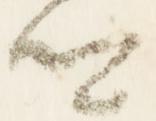
卿